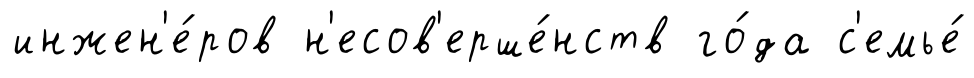
инжен'е́ров н'есов'ерше́нств го́да с'емье́